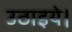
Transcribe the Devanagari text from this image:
उठाइये।